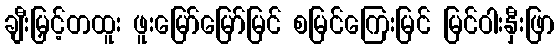
ချီးမြှင့်တထူး ဖူးမြော်မြော်မြင် စမြင်ကြေးမြင် မြင်ဝါးနှီးဖြာ